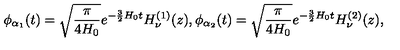
\phi _ { \alpha _ { 1 } } ( t ) = \sqrt { \frac { \pi } { 4 H _ { 0 } } } e ^ { - \frac { 3 } { 2 } H _ { 0 } t } H _ { \nu } ^ { ( 1 ) } ( z ) , \phi _ { \alpha _ { 2 } } ( t ) = \sqrt { \frac { \pi } { 4 H _ { 0 } } } e ^ { - \frac { 3 } { 2 } H _ { 0 } t } H _ { \nu } ^ { ( 2 ) } ( z ) ,